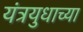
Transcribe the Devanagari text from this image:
यंत्रयुधाच्या